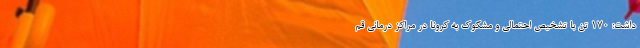
داشت: ۱۷۰ تَن با تشخیص احتمالی و مشکوک به کرونا در مراکز درمانی قم